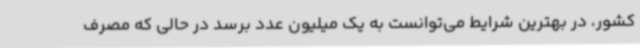
کشور، در بهترین شرایط می‌توانست به یک میلیون عدد برسد در حالی که مصرف